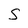
Character: S